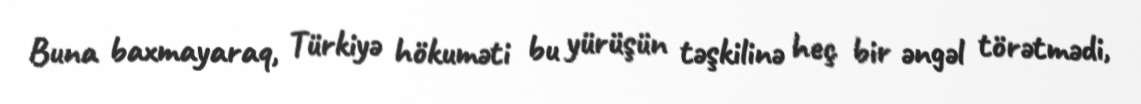
Buna baxmayaraq, Türkiyə hökuməti bu yürüşün təşkilinə heç bir əngəl törətmədi,